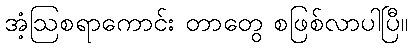
အံ့ဩစရာကောင်း တာတွေ စဖြစ်လာပါပြီ။